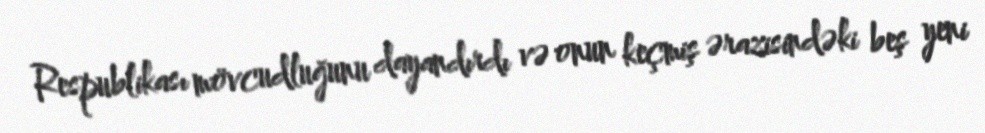
Respublikası mövcudluğunu dayandırdı və onun keçmiş ərazisindəki beş yeni